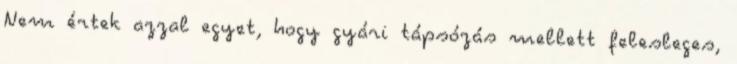
Nem értek azzal egyet, hogy gyári tápsózás mellett felesleges,